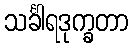
သင်္ခါရဒုက္ခတာ